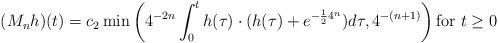
LaTeX: \begin{align*}(M_n h)(t)=c_2\min\left( 4^{-2n}\int_0^t h(\tau)\cdot (h(\tau)+e^{-{\frac{1}{2}}4^n})d\tau, 4^{-(n+1)} \right) \mbox{for } t\ge0\end{align*}